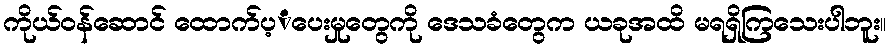
ကိုယ်ဝန်ဆောင် ထောက်ပ့ံပေးမှုတွေကို ဒေသခံတွေက ယခုအထိ မရရှိကြသေးပါဘူး။